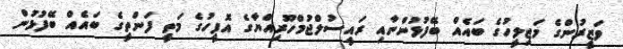
ވަޒީރުންގެ މަޖިލީހުގެ ބައެއް ބޭފުޅުންނާއި ރައީސުލްޖުމްހޫރިއްޔާގެ އޮފީހުގެ މަތީ ފަންތީގެ ބައެއް ބޭފުޅުން